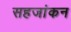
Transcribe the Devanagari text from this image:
सहजांकन